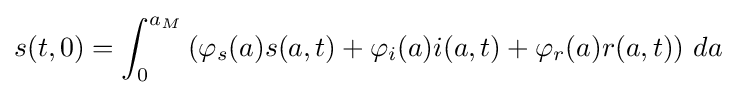
s(t,0)=\int _{0}^{a_{M}}\left(\varphi _{s}(a)s(a,t)+\varphi _{i}(a)i(a,t)+\varphi _{r}(a)r(a,t)\right)\,da